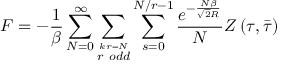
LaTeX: F = - \frac { 1 } { \beta } \sum _ { N = 0 } ^ { \infty } \sum _ { \stackrel { k r = N } { r \ o d d } } \sum _ { s = 0 } ^ { N / r - 1 } \frac { e ^ { - \frac { N \beta } { \sqrt { 2 } R } } } { N } Z \left( \tau , \bar { \tau } \right)